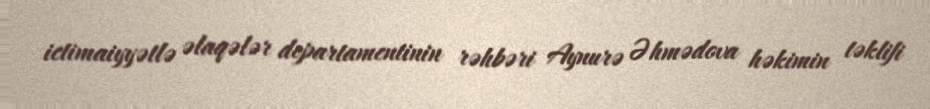
ictimaiyyətlə əlaqələr departamentinin rəhbəri Aynurə Əhmədova həkimin təklifi